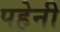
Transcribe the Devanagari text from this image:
पहेनी